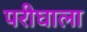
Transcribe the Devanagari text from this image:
परीघाला